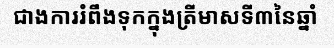
ជាងការរំពឹងទុកក្នុងត្រីមាសទី៣នៃឆ្នាំ